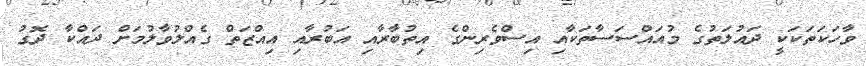
ވާހަކަތަކަކީ ދައުލަތުގެ މުއައްސަސާތަކާއި އިސްވެރިންގެ އިތުބާރާއި އަބުރާއި އިއްޒަތް ގެއްލުވާލުމަށް ދައްކާ ދޮގު